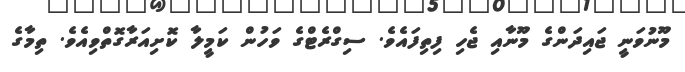
މޫނުވަނީ ޖައިދަންގެ މޫނާއި ޖެހި ފިތިފައެވެ. ސިގްރެޓްގެ ވަހުން ކަމީލާ ކޮށިއަރާގޮތްވިއެވެ. ތިމާގެ